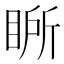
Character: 𭾾